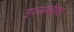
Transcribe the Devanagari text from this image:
उपलब्धीचा